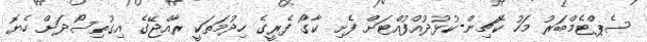
ސެޕްޓެމްބަރު މަހު ކޮޗިން-ކުޅުދުއްފުއްޓަށް ފެށި ކާގޯ ފެރީގެ ހިދުމަތަކީ ރާއްޖޭގެ އިގުތިސޯދަށް ހެޔޮ